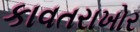
કાવતરાખોર